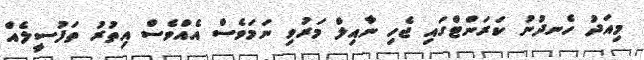
މިއަދު ހެނދުނު ކަރަންޓްގައި ޖެހި ނާއިލް މަރުވި ނަމަވެސް އެއްވެސް އިތުރު ތަފުސީލެއް